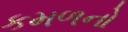
કમળનો